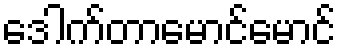
ဒေါက်တာမောင်မောင်